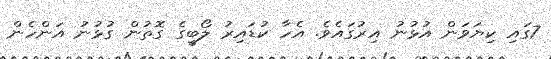
7ގައި ކިޔަވަން އުޅުނު އިރުގައެވެ. އެހާ ކުޑައިރު ލޯބީގެ ގޮތުން ގުޅުނު އަންހެން